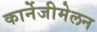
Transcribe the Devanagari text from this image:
कार्नेजीमेलन